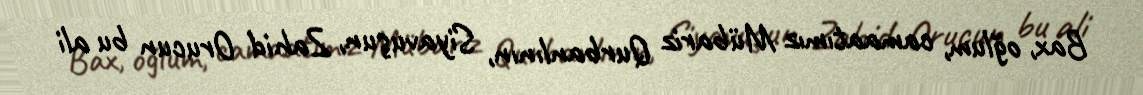
Bax, oğlum, camaatımız Mübariz Qurbanlının, Siyavuşun, Zahid Orucun bu ali